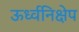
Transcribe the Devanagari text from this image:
ऊर्ध्वनिक्षेप